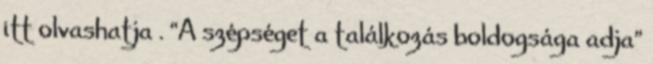
itt olvashatja . “A szépséget a találkozás boldogsága adja”